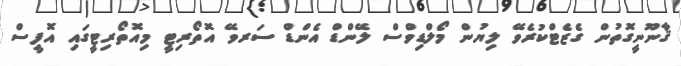
ޤާނޫނީގޮތުން ގެޒެޓްކުރެވޭ ލިޔުން މޯލްޑިވްސް ލޭންޑް އެންޑް ސަރވޭ އޮތޯރިޓީ މިއޮތޯރިޓީގައި އޮފީސް